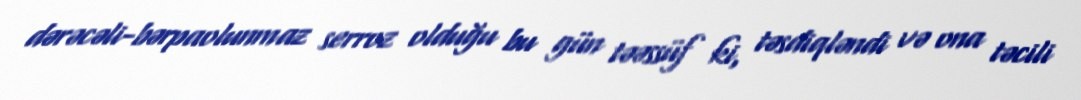
dərəcəli-bərpaolunmaz serroz olduğu bu gün təəssüf ki, təsdiqləndi və ona təcili